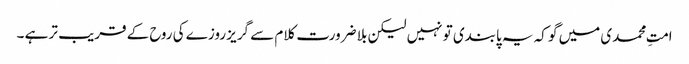
امتِ محمدی میں گو کہ یہ پابندی تو نہیں لیکن بلا ضرورت کلام سے گریز روزے کی روح کے قریب تر ہے ۔